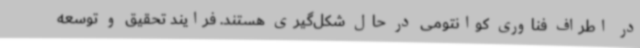
در اطراف فناوری کوانتومی در حال شکل‌گیری هستند. فرایند تحقیق و توسعه